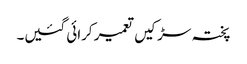
پختہ سڑکیں تعمیر کرائی گئیں۔